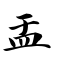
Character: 盂